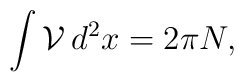
\int \mathcal{V}\, d^{2}x =2\pi N,